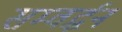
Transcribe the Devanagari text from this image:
सम्वर्द्धन